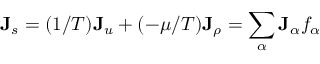
\mathbf { J } _ { s } = ( 1 / T ) \mathbf { J } _ { u } + ( - \mu / T ) \mathbf { J } _ { \rho } = \sum _ { \alpha } \mathbf { J } _ { \alpha } f _ { \alpha }